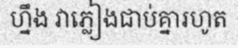
ហ្នឹង វាភ្លៀងជាប់គ្នារហូត